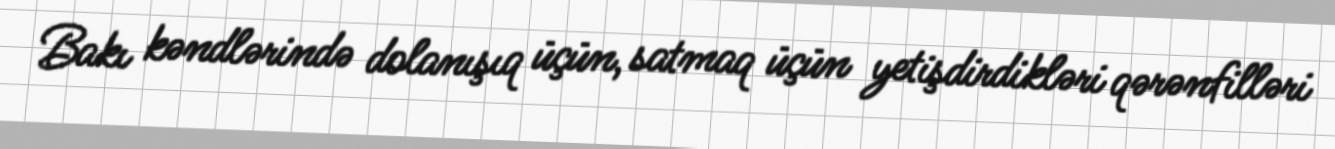
Bakı kəndlərində dolanışıq üçün, satmaq üçün yetişdirdikləri qərənfilləri